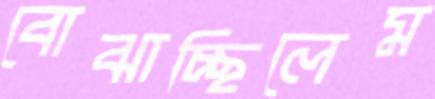
বোঝাচ্ছিলেম